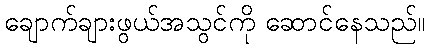
ချောက်ချားဖွယ်အသွင်ကို ဆောင်နေသည်။